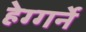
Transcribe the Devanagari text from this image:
हेग्गर्ने